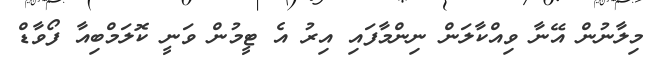
މިލާނުން އޭނާ ވިއްކާލަން ނިންމާފައި އިރު އެ ޓީމުން ވަނީ ކޮލަމްބިއާ ފޯވާޑް